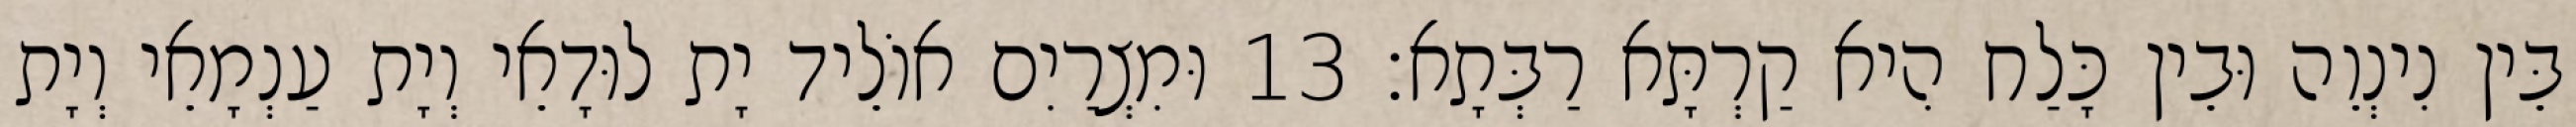
בֵּין נִינְוֵה וּבֵין כָּלַח הִיא קַרְתָּא רַבְּתָא׃ 13 וּמִצְרַיִם אוֹלֵיד יָת לוּדָאֵי וְיָת עַנְמָאֵי וְיָת